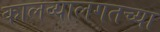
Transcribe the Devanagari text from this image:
कालव्यालगतच्या